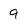
Character: 9